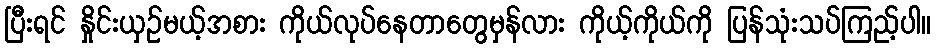
ပြီးရင် နှိုင်းယှဉ်မယ့်အစား ကိုယ်လုပ်နေတာတွေမှန်လား ကိုယ့်ကိုယ်ကို ပြန်သုံးသပ်ကြည့်ပါ။